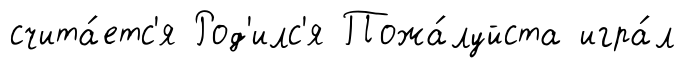
счита́етс'я Род'илс'я Пожа́луйста игра́л